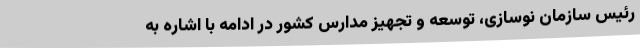
رئیس سازمان نوسازی، توسعه و تجهیز مدارس کشور در ادامه با اشاره به